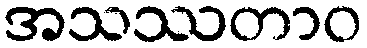
အသဿတာဝ